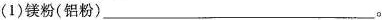
(1)镁粉(铝粉)___。